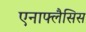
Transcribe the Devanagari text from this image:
एनाफ्लैसिस